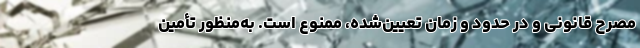
مصرح قانونی و در حدود و زمان تعیین‌شده، ممنوع است. به‌منظور تأمین